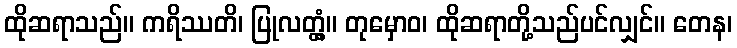
ထိုဆရာသည်။ ကရိဿတိ၊ ပြုလတ္တံ့။ တုမှောဝ၊ ထိုဆရာတို့သည်ပင်လျှင်။ တေန၊